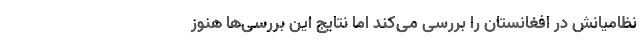
نظامیانش در افغانستان را بررسی می‌کند اما نتایج این بررسی‌ها هنوز